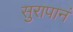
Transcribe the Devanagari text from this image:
सुरापानं